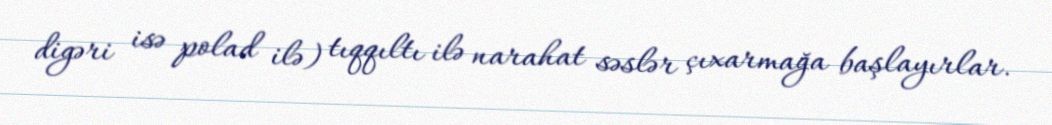
digəri isə polad ilə) tıqqıltı ilə narahat səslər çıxarmağa başlayırlar.